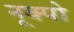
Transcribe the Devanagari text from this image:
नूक्पो